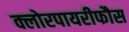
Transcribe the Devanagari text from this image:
क्लोरपायरीफौस